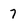
Character: 7